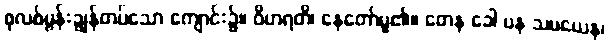
စုလစ်မွန်းချွန်တပ်သော ကျောင်း၌။ ဝိဟရတိ၊ နေတော်မူ၏။ တေန ခေါ ပန သမယေန၊